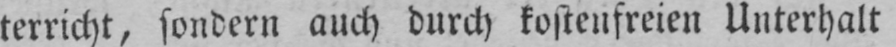
terricht, sondern auch durch kostenfreien Unterhalt